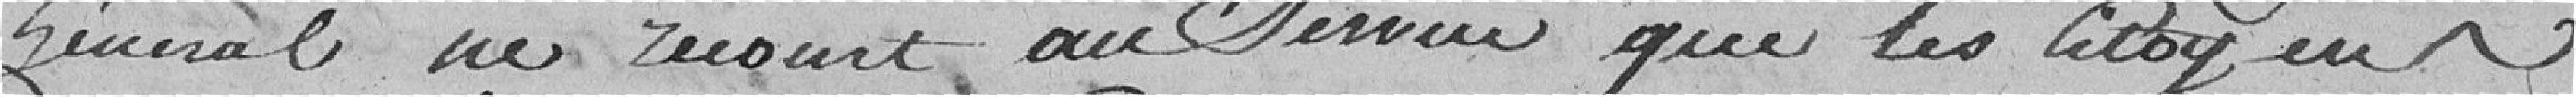
général ne recourt au service que les citoyens